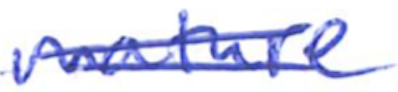
Text: mature
Cross-out: double-line
Writing tool: ballpoint